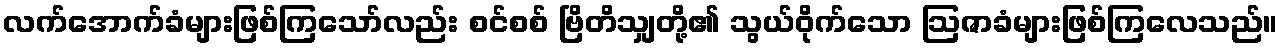
လက်အောက်ခံများဖြစ်ကြသော်လည်း စင်စစ် ဗြိတိသျှတို့၏ သွယ်ဝိုက်သော ဩဇာခံများဖြစ်ကြလေသည်။